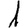
Digit: 1